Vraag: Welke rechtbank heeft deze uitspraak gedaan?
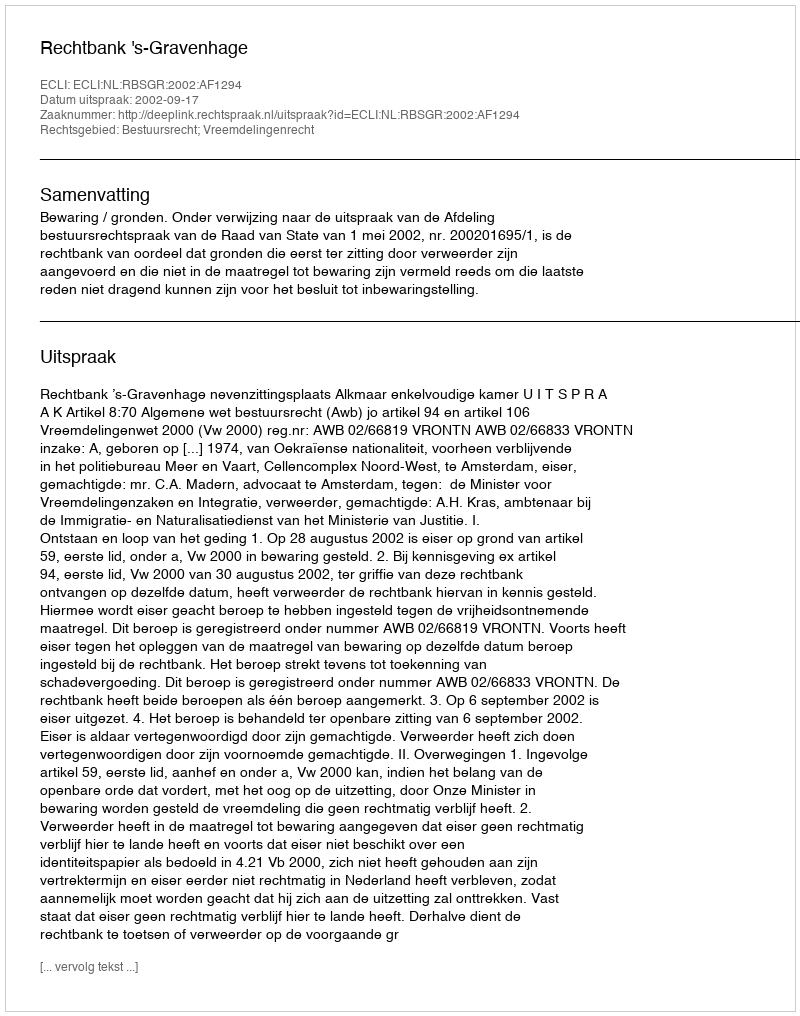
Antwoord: Rechtbank 's-Gravenhage